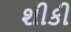
શીકી